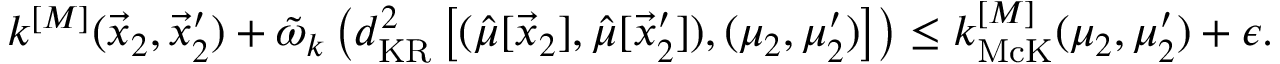
k ^ { [ M ] } ( \vec { x } _ { 2 } , \vec { x } _ { 2 } ^ { \prime } ) + \tilde { \omega } _ { k } \left( d _ { \mathrm { K R } } ^ { 2 } \left[ ( \hat { \mu } [ \vec { x } _ { 2 } ] , \hat { \mu } [ \vec { x } _ { 2 } ^ { \prime } ] ) , ( \mu _ { 2 } , \mu _ { 2 } ^ { \prime } ) \right] \right) \leq k _ { \mathrm { M c K } } ^ { [ M ] } ( \mu _ { 2 } , \mu _ { 2 } ^ { \prime } ) + \epsilon .